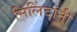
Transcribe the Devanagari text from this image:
मिलिंदांनी